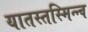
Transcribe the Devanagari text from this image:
यातस्तस्मिन्न्व